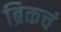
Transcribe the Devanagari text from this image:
ब्रिकचं